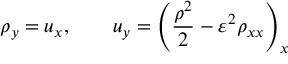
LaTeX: \rho _ { y } = u _ { x } , \qquad u _ { y } = \left( \frac { \rho ^ { 2 } } { 2 } - \varepsilon ^ { 2 } \rho _ { x x } \right) _ { x }